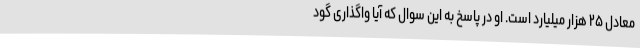
معادل ۲۵ هزار میلیارد است. او در پاسخ به این سوال که آیا واگذاری گود